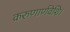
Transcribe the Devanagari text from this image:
करुणार्णवेशि।